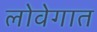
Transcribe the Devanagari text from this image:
लोवेगात